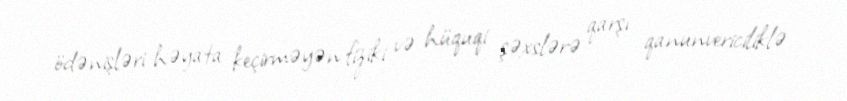
ödənişləri həyata keçirməyən fiziki və hüquqi şəxslərə qarşı qanunvericiliklə